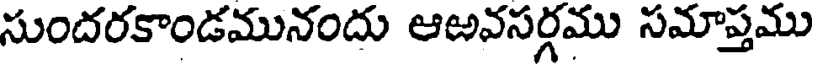
సుందరకాండమునందు ఆఱవసర్గము సమాప్తము